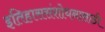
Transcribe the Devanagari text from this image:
इतिहाससंशोधनासाठी